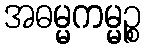
အဓမ္မကမ္မဉ္စ